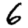
Digit: 6